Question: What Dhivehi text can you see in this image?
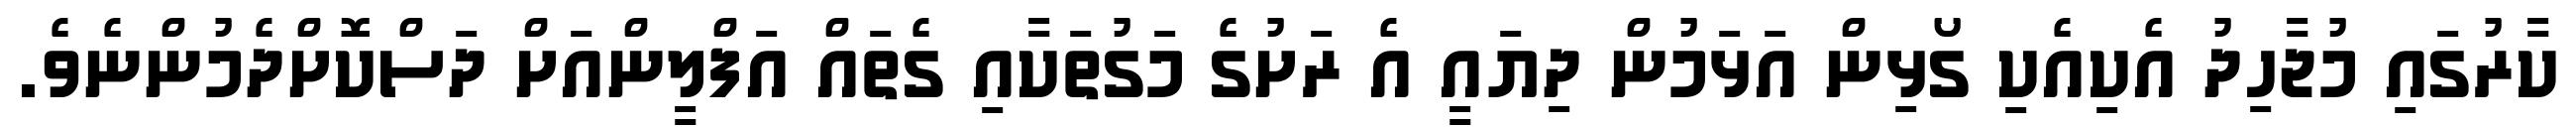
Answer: ކާރުގައި މުޖާހިދު އެކިއެކި ގޯޅިން އަޅަމުން ދިޔައީ އެ ރަށުގެ މަގުތަކާއި ގެތައް އަފްލީންއަށް ދަސްކޮށްދެމުންނެވެ.